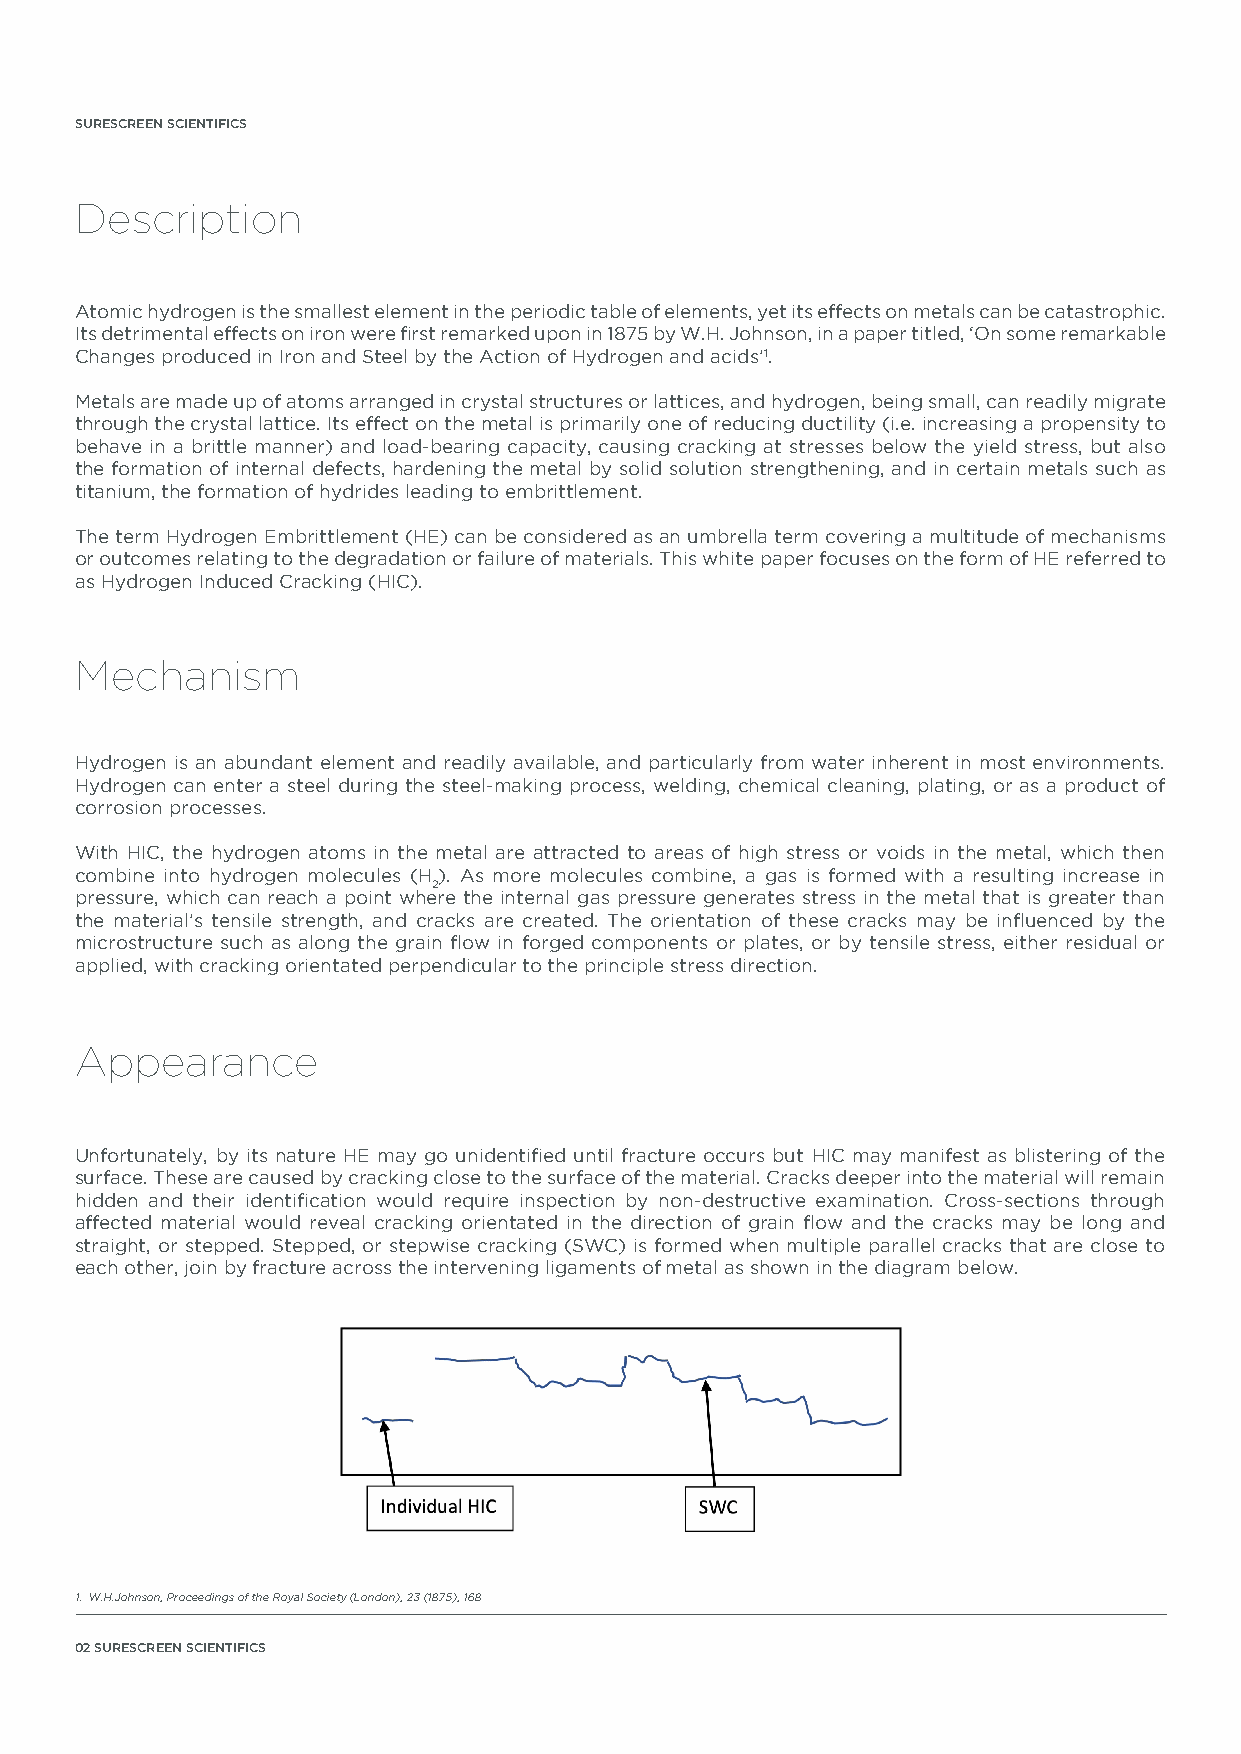
SURESCREEN SCIENTIFICS
 Description
 Atomic hydrogen is the smallest element in the periodic table of elements, yet its effects on metals can be catastrophic.
 Its detrimental effects on iron were first remarked upon in 1875 by W.H. Johnson, in a paper titled, ‘On some remarkable
 Changes produced in Iron and Steel by the Action of Hydrogen and acids’1.
 Metals are made up of atoms arranged in crystal structures or lattices, and hydrogen, being small, can readily migrate
 through the crystal lattice. Its effect on the metal is primarily one of reducing ductility (i.e. increasing a propensity to
 behave in a brittle manner) and load-bearing capacity, causing cracking at stresses below the yield stress, but also
 the formation of internal defects, hardening the metal by solid solution strengthening, and in certain metals such as
 titanium, the formation of hydrides leading to embrittlement.
 The term Hydrogen Embrittlement (HE) can be considered as an umbrella term covering a multitude of mechanisms
 or outcomes relating to the degradation or failure of materials. This white paper focuses on the form of HE referred to
 as Hydrogen Induced Cracking (HIC).
 Mechanism
 Hydrogen is an abundant element and readily available, and particularly from water inherent in most environments.
 Hydrogen can enter a steel during the steel-making process, welding, chemical cleaning, plating, or as a product of
 corrosion processes.
 With HIC, the hydrogen atoms in the metal are attracted to areas of high stress or voids in the metal, which then
 combine into hydrogen molecules (H ). As more molecules combine, a gas is formed with a resulting increase in
 2
 pressure, which can reach a point where the internal gas pressure generates stress in the metal that is greater than
 the material’s tensile strength, and cracks are created. The orientation of these cracks may be influenced by the
 microstructure such as along the grain flow in forged components or plates, or by tensile stress, either residual or
 applied, with cracking orientated perpendicular to the principle stress direction.
 Appearance
 Unfortunately, by its nature HE may go unidentified until fracture occurs but HIC may manifest as blistering of the
 surface. These are caused by cracking close to the surface of the material. Cracks deeper into the material will remain
 hidden and their identification would require inspection by non-destructive examination. Cross-sections through
 affected material would reveal cracking orientated in the direction of grain flow and the cracks may be long and
 straight, or stepped. Stepped, or stepwise cracking (SWC) is formed when multiple parallel cracks that are close to
 each other, join by fracture across the intervening ligaments of metal as shown in the diagram below.
 1. W.H.Johnson, Proceedings of the Royal Society (London), 23 (1875), 168
 02 SURESCREEN SCIENTIFICS